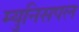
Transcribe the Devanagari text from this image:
म्युनिसपल